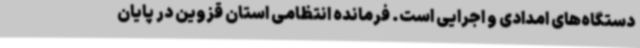
دستگاه‌های امدادی و اجرایی است. فرمانده انتظامی استان قزوین در پایان